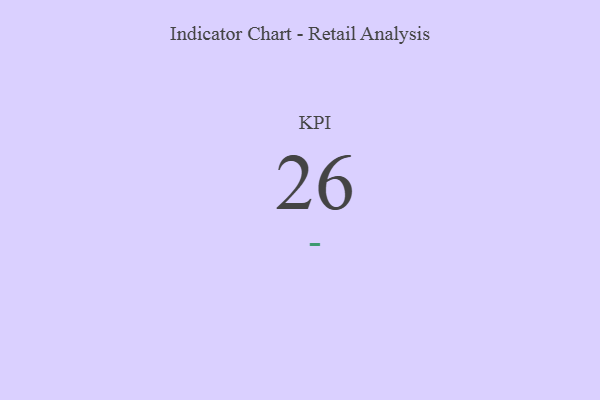
{"axis": {"x": "KPI", "y": "Value"}, "legend": [""], "data": [{"x": "KPI", "y": 26, "type": ""}]}